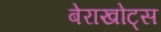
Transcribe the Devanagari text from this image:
बेराखोट्स